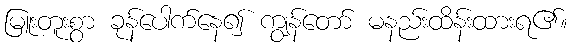
မြူးတူးစွာ ခုန်ပေါက်နေ၍ ကျွန်တော် မနည်းထိန်းထားရ၏။